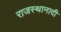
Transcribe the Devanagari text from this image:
राजस्थानादी